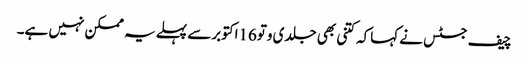
چیف جسٹس نے کہاکہ کتنی بھی جلدی وتو16اکتوبرسے پہلے یہ ممکن نہیں ہے۔